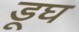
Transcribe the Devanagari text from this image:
डूघ